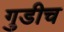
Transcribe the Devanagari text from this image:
गुडीच